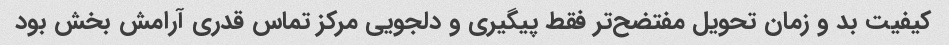
کیفیت بد و زمان تحویل مفتضح‌تر فقط پیگیری و دلجویی مرکز تماس قدری آرامش بخش بود